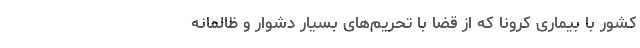
کشور با بیماری کرونا که از قضا با تحریم‌های بسیار دشوار و ظالمانه